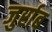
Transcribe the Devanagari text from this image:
जुर्राब